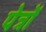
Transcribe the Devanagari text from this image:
पेत्रों